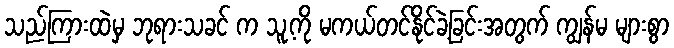
သည်ကြားထဲမှ ဘုရားသခင် က သူ့ကို မကယ်တင်နိုင်ခဲ့ခြင်းအတွက် ကျွန်မ များစွာ